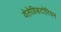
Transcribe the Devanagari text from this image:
वेलेडिकटोरियन